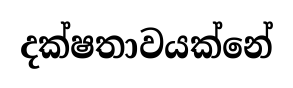
දක්ෂතාවයක්නේ